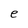
Character: e